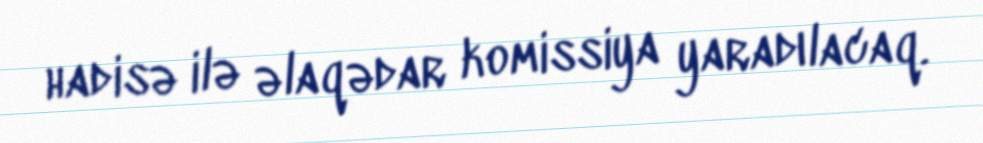
hadisə ilə əlaqədar komissiya yaradılacaq.